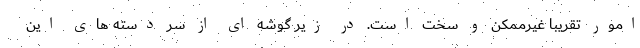
امور تقریباً غیرممکن و سخت است. در زیر گوشه ای از سر دسته های این